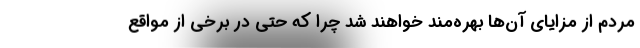
مردم از مزایای آن‌ها بهره‌مند خواهند شد چرا که حتی در برخی از مواقع